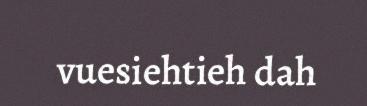
vuesiehtieh dah